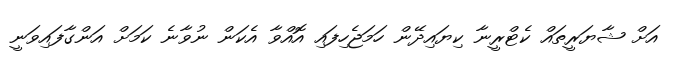
އަށް ޝާޔަރީތައް ކެޓްރީނާ ކިޔައިދޭން ހަަމަޖެހިފައި އޮއްވާ އެކަން ނުވާނެ ކަމަށް އަންގާފައިވަނީ